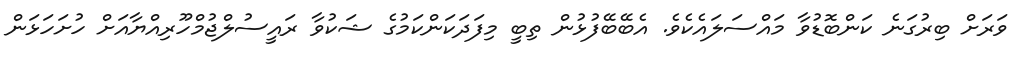
ވަރަށް ބިރުގަނެ ކަންބޮޑުވާ މައްސަލައެކެވެ. އެބޭބޭފުޅުން ތިބީ މިފަދަކަންކަމުގެ ޝަކުވާ ރައީސުލްޖުމްހޫރިއްޔާއަށް ހުށަހަޅަން